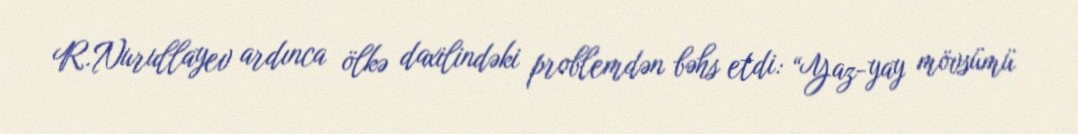
R.Nurullayev ardınca ölkə daxilindəki problemdən bəhs etdi: “Yaz-yay mövsümü